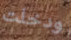
ودخلت